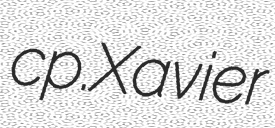
cp. Xavier